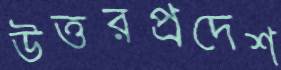
উত্তরপ্রদেশ